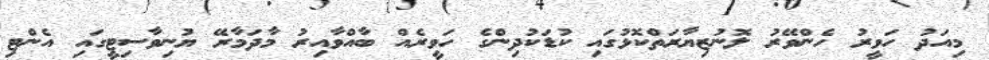
މިއަދު ހަވީރު ހެންވޭރު ލޮނުޒިޔާރަތްކޮޅުގައި ކުޑަކުދިންގެ ހަވީރެއް ބާއްވާއިރު މާދަމާރޭ ޔުނިވާސިޓީގައި އެންޓި